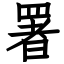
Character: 署